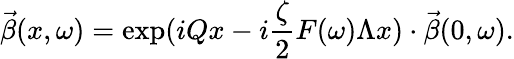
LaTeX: \vec{\beta}(x,\omega)=\exp(iQx-i\frac{\zeta}{2}F(\omega)\Lambda x)\cdot\vec{\beta}(0,\omega).